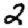
Digit: 2